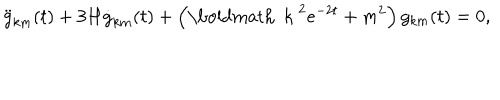
\ddot { g } _ { k m } ( t ) + 3 H \dot { g } _ { k m } ( t ) + \left( \mathrm { \boldmath ~ k ~ } ^ { 2 } e ^ { - 2 t } + m ^ { 2 } \right) g _ { k m } ( t ) = 0 ,